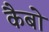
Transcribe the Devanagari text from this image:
कैबो